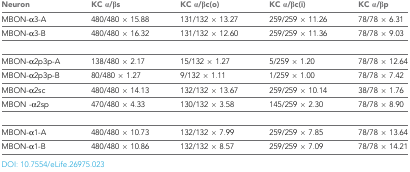
<table><thead><tr><td><b>Neuron</b></td><td><b>KC α/βs</b></td><td><b>KC α/βc(o)</b></td><td><b>KC α/βc(i)</b></td><td><b>KC α/βp</b></td></tr></thead><tbody><tr><td>MBON-α3-A</td><td>480/480 × 15.88</td><td>131/132 × 13.27</td><td>259/259 × 11.26</td><td>78/78 × 6.31</td></tr><tr><td>MBON-α3-B</td><td>480/480 × 16.32</td><td>131/132 × 12.60</td><td>259/259 × 11.36</td><td>78/78 × 9.03</td></tr><tr><td>MBON-α2p3p-A</td><td>138/480 × 2.17</td><td>15/132 × 1.27</td><td>5/259 × 1.20</td><td>78/78 × 12.64</td></tr><tr><td>MBON-α2p3p-B</td><td>80/480 × 1.27</td><td>9/132 × 1.11</td><td>1/259 × 1.00</td><td>78/78 × 7.42</td></tr><tr><td>MBON-α2sc</td><td>480/480 × 14.13</td><td>132/132 × 13.67</td><td>259/259 × 10.14</td><td>38/78 × 1.76</td></tr><tr><td>MBON -α2sp</td><td>470/480 × 4.33</td><td>130/132 × 3.58</td><td>145/259 × 2.30</td><td>78/78 × 8.90</td></tr><tr><td>MBON-α1-A</td><td>480/480 × 10.73</td><td>132/132 × 7.99</td><td>259/259 × 7.85</td><td>78/78 × 13.64</td></tr><tr><td>MBON-α1-B</td><td>480/480 × 10.86</td><td>132/132 × 8.57</td><td>259/259 × 7.09</td><td>78/78 × 14.21</td></tr></tbody></table>